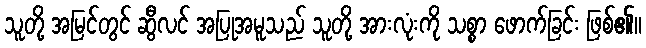
သူတို့ အမြင်တွင် ဆွီလင် အပြုအမူသည် သူတို့ အားလုံးကို သစ္စာ ဖောက်ခြင်း ဖြစ်၏။